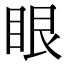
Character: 眼